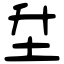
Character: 𡉼